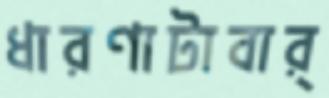
ধারণাটাবার্